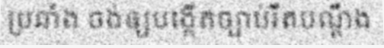
ប្រឆាំង ចង់ឲ្យបង្កើតច្បាប់រឹតបណ្តឹង